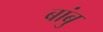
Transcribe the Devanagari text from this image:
बांबु